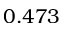
0 . 4 7 3